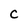
Character: C